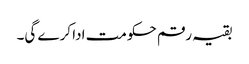
بقیہ رقم حکومت ادا کرے گی۔